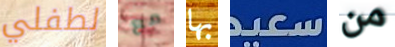
لطفلي مع بها سعيد من